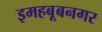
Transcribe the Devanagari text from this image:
इमहबूबनगर